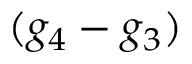
( g _ { 4 } - g _ { 3 } )